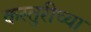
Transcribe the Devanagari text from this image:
कस्तुरीच्या